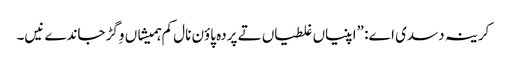
‏ کرینہ دسدی اے:‏ ”‏اپنیاں غلطیاں تے پردہ پاؤن نال کم ہمیشاں وِگڑ جاندے نیں۔